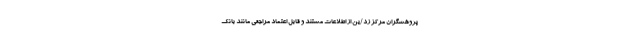
پژوهشگران مرکز زد/ین از اطلاعات مستند و قابل اعتماد مراجعی مانند بانک